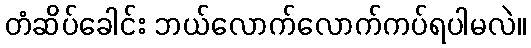
တံဆိပ်ခေါင်း ဘယ်လောက်လောက်ကပ်ရပါမလဲ။